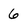
Character: 6